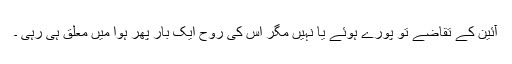
آئین کے تقاضے تو پورے ہوئے یا نہیں مگر اس کی روح ایک بار پھر ہوا میں معلق ہی رہی ۔